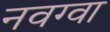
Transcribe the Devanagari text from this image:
नवग्वा